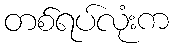
တစ်ရပ်လုံးက